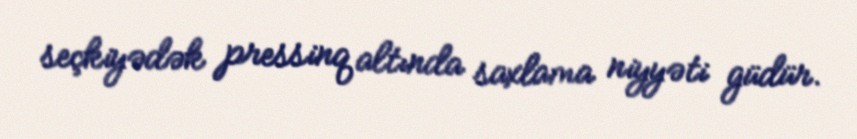
seçkiyədək pressinq altında saxlama niyyəti güdür.